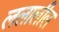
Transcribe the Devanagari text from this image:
ललालील